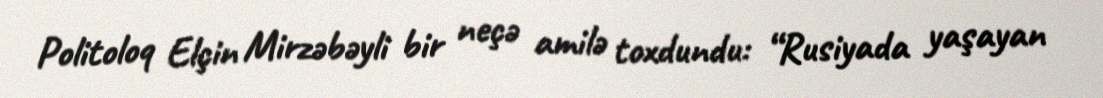
Politoloq Elçin Mirzəbəyli bir neçə amilə toxdundu: “Rusiyada yaşayan